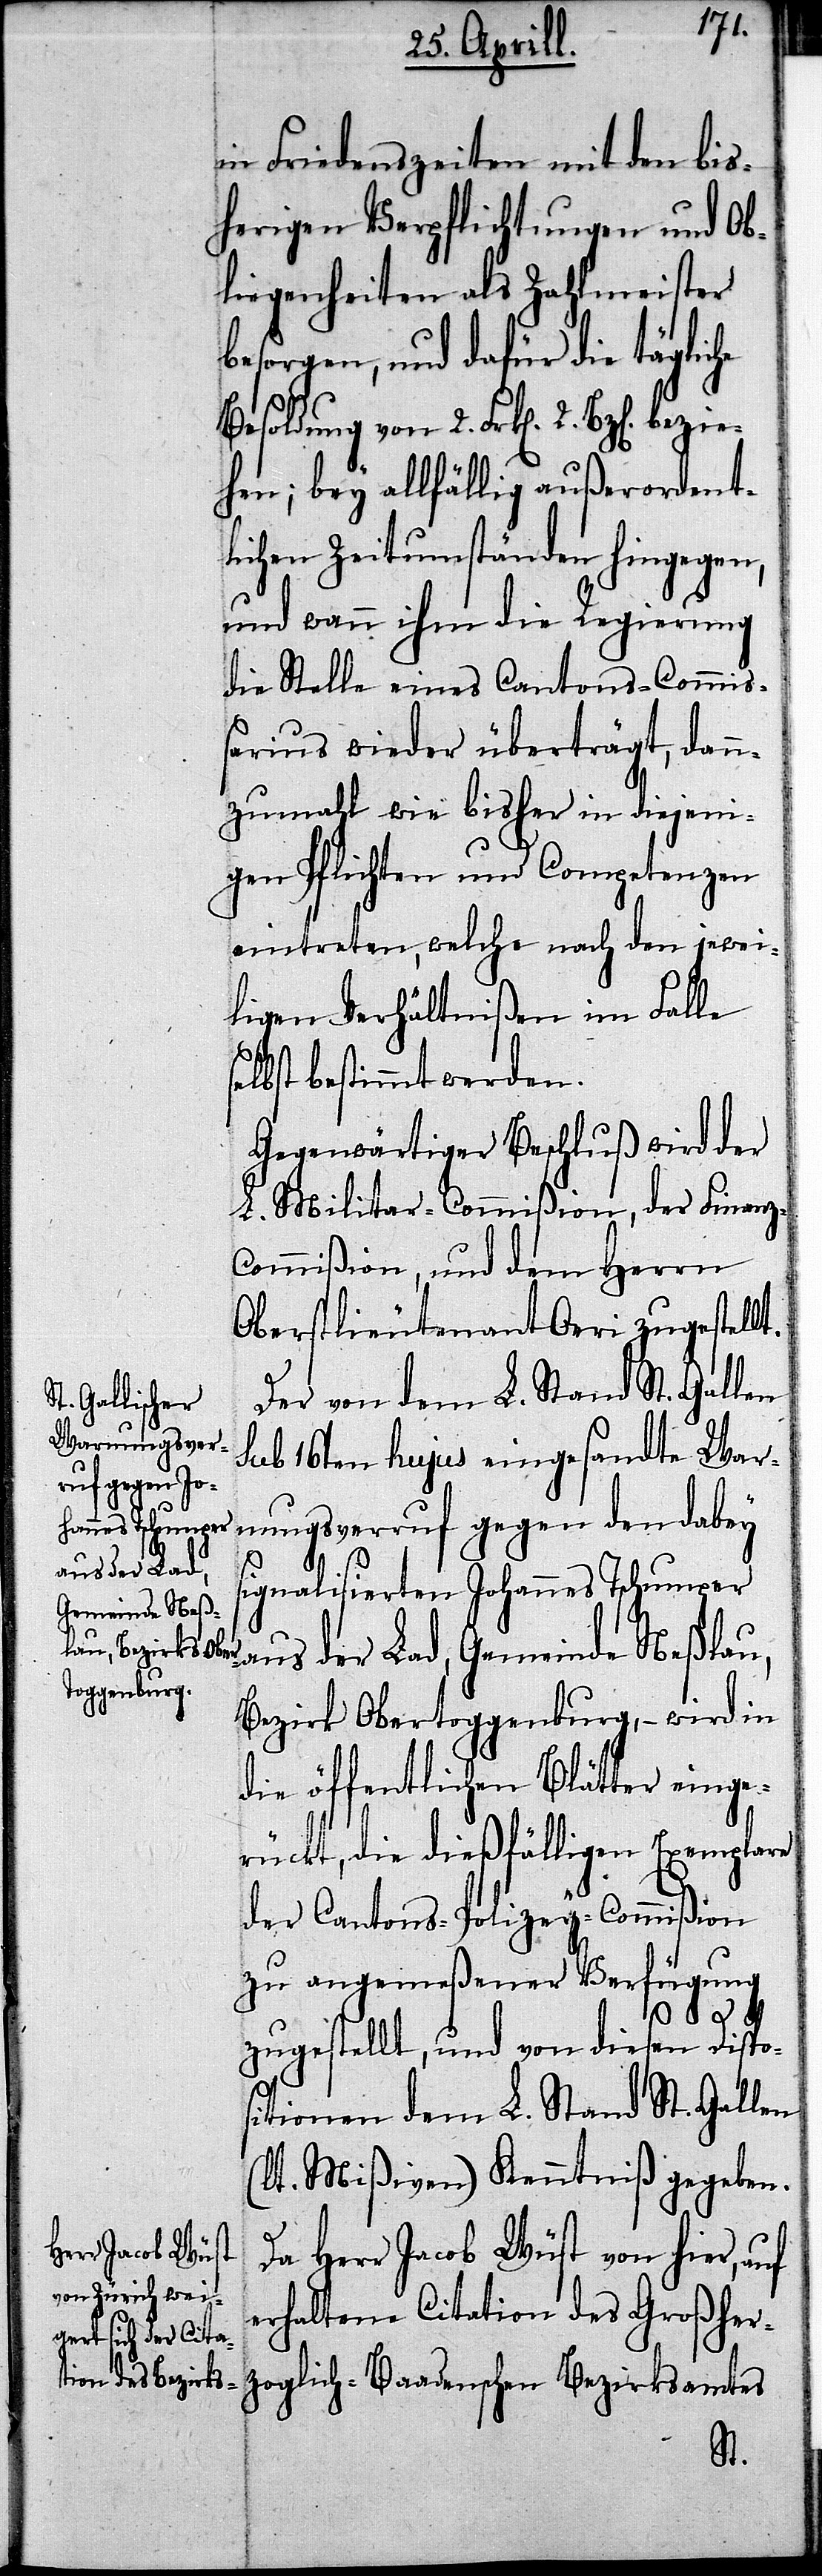
in Friedenszeiten mit den bis¬
herigen Verpflichtungen und Ob¬
liegenheiten als Zahlmeister
besorgen, und dafür die tägliche
Besoldung von 2. Frk[en]. 2. Bz[en].
ehen; bey allfällig außerordent¬
lichen Zeitumständen hingegen,
und wann ihm die Regierung
die Stelle eines Cantons-Commiß¬
arius wieder überträgt, dann
zumahl wie bisher in diejeni¬
gen Pflichten und Competenzen
eintreten, welche nach den jewei¬
ligen Verhältnißen im Falle
lbst bestimmt werden.
Gegenwärtiger Beschluß wird der
L. Militar-Commißion, der Finanz-C¬
ommißion, und dem Herrn
Oberstlieutenant Oeri zugestellt.
sub 16ten hujus eingesandte War¬
nungsverruf gegen den dabey
adische¬
signalisierten Johannes Tschumper
n Bezirksamtes
aus der Lad, Gemeinde Neßlau,
Bezirk Obertoggenburg,– wird in
die öffentlichen Blätter einge¬
rückt, die dießfälligen Exemplare
der Cantons-Polizey-Commißion
zu angemeßener Verfügung
zugestellt, und von diesen Dispos¬
itionen dem L. Stand St. Gallen
(lt. Mißiven) Kenntniß gegeben.
Da Herr Jacob Wüst von hier, auf
erhaltene Citation des Großher¬
se¬